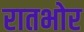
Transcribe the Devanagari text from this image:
रातभोर